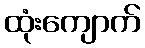
ထုံးကျောက်